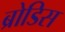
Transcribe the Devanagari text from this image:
ब्रोडिस